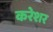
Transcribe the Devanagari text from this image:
करेशर